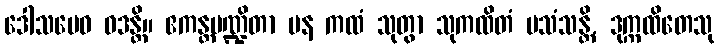
ဒေါသမေဝ ဝဒန္တိ။ ဧကန္တပဏ္ဍိတာ ပန ကထံ သုတွာ သုကထိတံ ပသံသန္တိ, ဒုက္ကထိတေသု